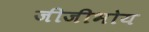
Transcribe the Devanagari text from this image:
जीजीभोय